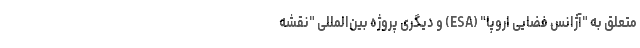
متعلق به "آژانس فضایی اروپا" (ESA) و دیگری پروژه بین‌المللی "نقشه